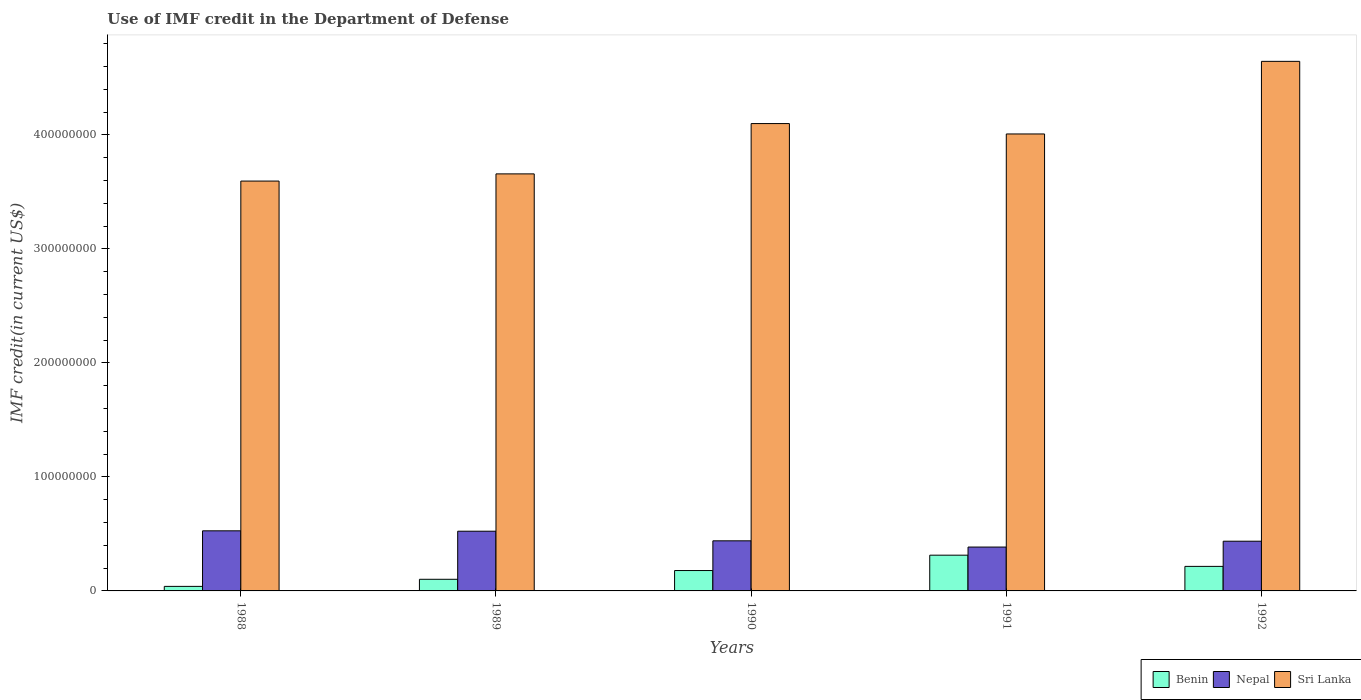
| Years | Benin | Nepal | Sri Lanka |
 | --- | --- | --- | --- |
 | 1988 | 3.98e+06 | 5.27e+07 | 3.59e+08 |
 | 1989 | 1.02e+07 | 5.24e+07 | 3.66e+08 |
 | 1990 | 1.79e+07 | 4.39e+07 | 4.1e+08 |
 | 1991 | 3.13e+07 | 3.85e+07 | 4.01e+08 |
 | 1992 | 2.15e+07 | 4.36e+07 | 4.64e+08 |